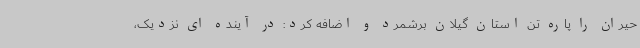
حیران را پاره تن استان گیلان برشمرد و اضافه کرد: در آینده ای نزدیک،